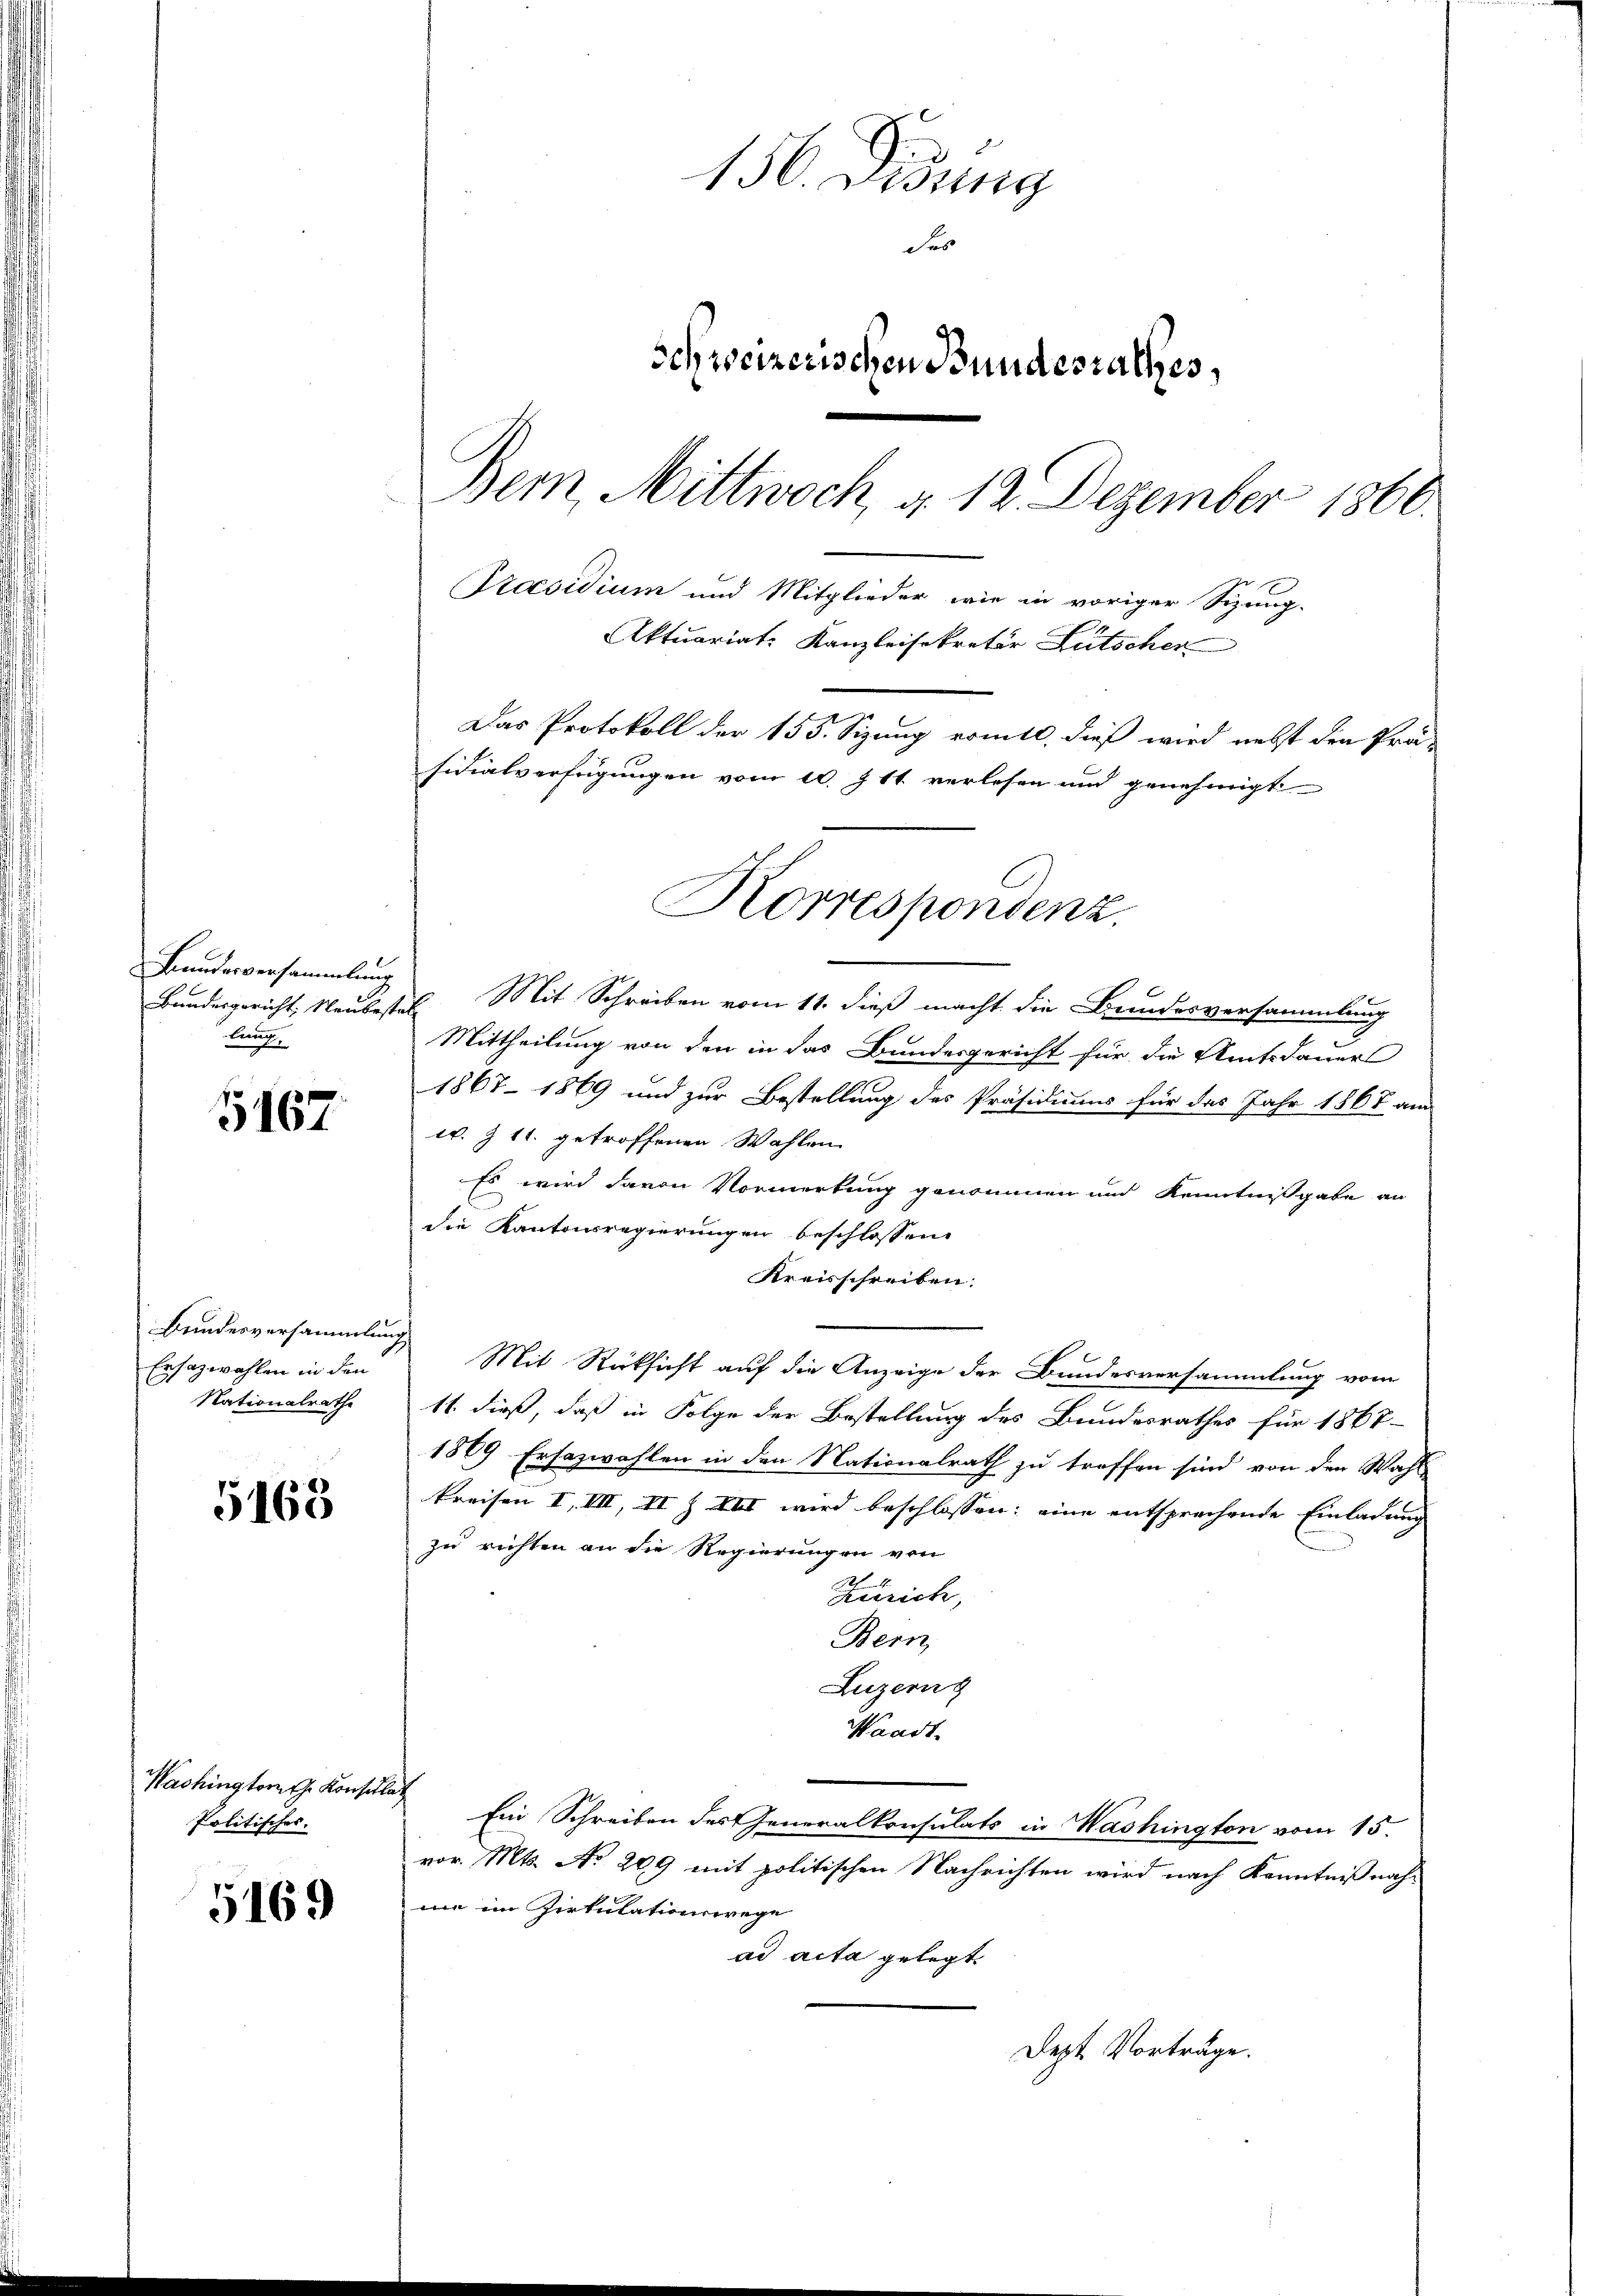
Bundesversammlung
lung.

5167

Bundesversammlung
Ensazwahlen in den
Nationalrathe

5168

Washingtorn the Konsula
Politisches.

5169

150. Lesung
des
Schweizerischen Bundesrathes,
Bem Mittwoch, d. 12. Dezember 1866.
Präsidium und Mitglieder wie in voriger Sizung-
Aktuariat: Kanzleisekretär Lütscher
Das Protokoll der 155. Sizung vomtl. dieß wird nebst den Prä-
sidialverfügungen vom 10. Z. 11. verlesen und genehmigt

Korrespondenz.

Bundesgericht, Neubestes Mit Schreiben vom 11. dieß macht die Bandesversammlung
2
Mittheilung von den in das Bundesgericht für die Amtsdauers
1867 - 1869 und zur Bestellung des Präsidiums für das Jahr 1868 am
w. Z 11. getroffenen Wahlen
Es wird davon Vormerkung genommen und Kenntnißgabe an
die Kantonsregierungen beschlossene
Kreisschreiben.
Mit Rücksicht auf die Anzeige der Bundesversammlung vom
11. dieß, daß in Folge der Bestellung des Bundesrathes für 1867
1869 Ersazwahlen in den Nationalrath zu treffen sind von den Wahl
kreisen I. III, II Z VIII wird beschlossen: eine entsprechende Einladung
zu richten an die Regierungen von
.
Zürich,
Bern,
Luzern
Waadt.
 Ein Schreiben des Generalkonsulats in Washington vom 15.
vor. Mts. No. 209 mit politischen Nachrichten wird nach Kenntniß nah-
me im Zirkulationswege
ad acta gelegt.
Dept Vorträge.